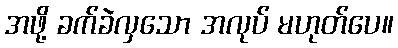
အဖို့ ခက်ခဲလှသော အလုပ် မဟုတ်ပေ။